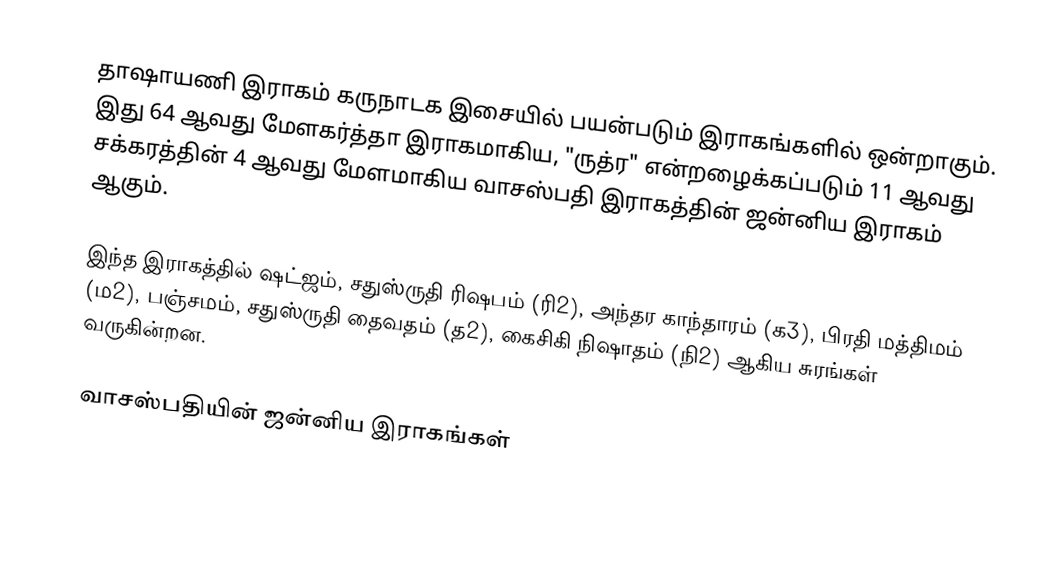
தாஷாயணி இராகம் கருநாடக இசையில் பயன்படும் இராகங்களில் ஒன்றாகும். இது 64 ஆவது மேளகர்த்தா இராகமாகிய, "ருத்ர" என்றழைக்கப்படும் 11 ஆவது சக்கரத்தின் 4 ஆவது மேளமாகிய வாசஸ்பதி இராகத்தின் ஜன்னிய இராகம் ஆகும்.

இந்த இராகத்தில் ஷட்ஜம், சதுஸ்ருதி ரிஷபம் (ரி2),  அந்தர காந்தாரம் (க3), பிரதி மத்திமம் (ம2), பஞ்சமம்,  சதுஸ்ருதி தைவதம் (த2), கைசிகி நிஷாதம்  (நி2) ஆகிய சுரங்கள் வருகின்றன.

வாசஸ்பதியின் ஜன்னிய இராகங்கள்